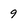
Character: 9